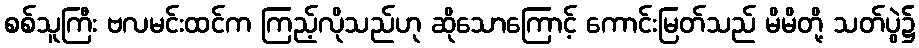
စစ်သူကြီး ဗလမင်းထင်က ကြည့်လိုသည်ဟု ဆိုသောကြောင့် ကောင်းမြတ်သည် မိမိတို့ သတ်ပွဲ၌